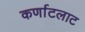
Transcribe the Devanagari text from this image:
कर्णाटलाट